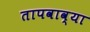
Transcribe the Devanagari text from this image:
तापवाव्या